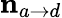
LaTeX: {\mathbf n}_{a\to d}